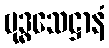
ဗုဒ္ဓသေဋ္ဌာနံ